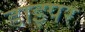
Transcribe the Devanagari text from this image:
डाइपर